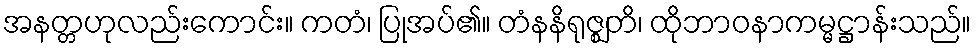
အနတ္တဟုလည်းကောင်း။ ကတံ၊ ပြုအပ်၏။ တံနနိရုဇ္ဈတိ၊ ထိုဘာဝနာကမ္မဋ္ဌာန်းသည်။